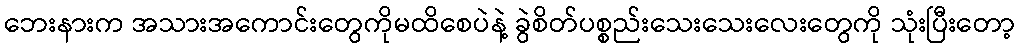
ဘေးနားက အသားအကောင်းတွေကိုမထိစေပဲနဲ့ ခွဲစိတ်ပစ္စည်းသေးသေးလေးတွေကို သုံးပြီးတော့